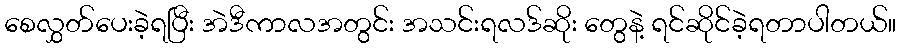
စေလွှတ်ပေးခဲ့ရပြီး အဲဒီကာလအတွင်း အသင်းရလဒ်ဆိုး တွေနဲ့ ရင်ဆိုင်ခဲ့ရတာပါတယ်။